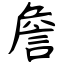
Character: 詹